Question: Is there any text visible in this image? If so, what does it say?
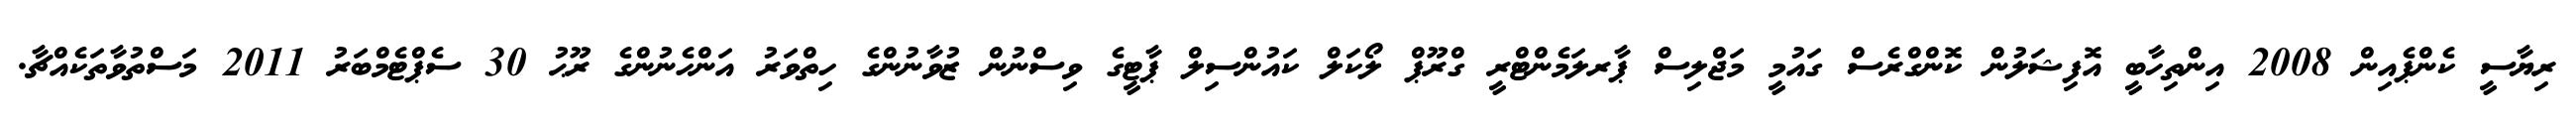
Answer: ރިޔާސީ ކެންޕެއިން 2008 އިންތިހާބީ އޮފިޝަލުން ކޮންގްރެސް ގައުމީ މަޖްލިސް ޕާރލަމެންޓްރީ ގްރޫޕް ލޯކަލް ކައުންސިލް ޕާޓީގެ ވިސްނުން ޒުވާނުންގެ ހިތްވަރު އަންހެނުންގެ ރޫޙު 30 ސެޕްޓެމްބަރު 2011 މަސްތުވާތަކެއްޗާ.